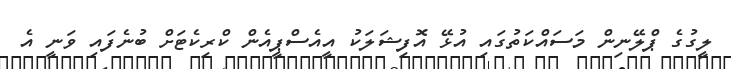
ލީގުގެ ޕްލޭނިން މަސައްކަތުގައި އުޅޭ އޮފިޝަލަކު އީއެސްޕީއެން ކްރިކެޓަށް ބުނެފައި ވަނީ އެ